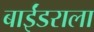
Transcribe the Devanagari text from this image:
बाईंडराला